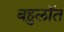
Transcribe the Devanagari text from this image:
बहुलॉत